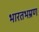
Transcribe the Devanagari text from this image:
भारतभम्रण